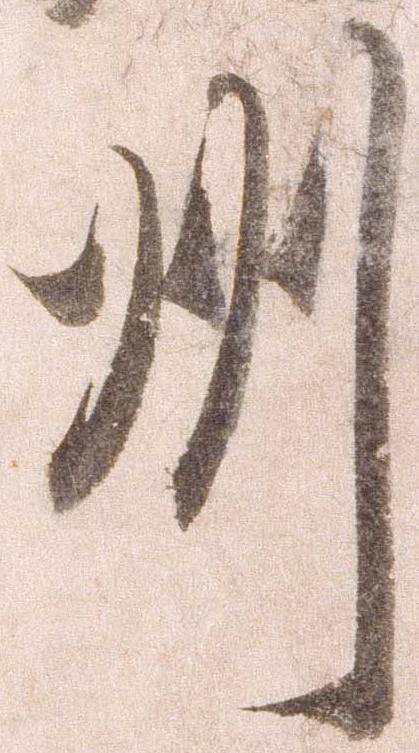
州